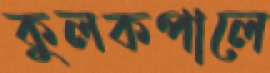
কুলকপালে